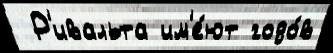
 Р'ивальта им'е́ют годо́в